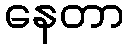
နေတာ